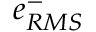
e _ { R M S } ^ { - }